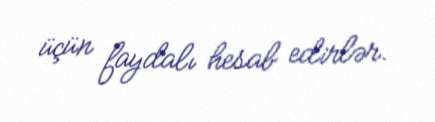
üçün faydalı hesab edirlər.